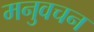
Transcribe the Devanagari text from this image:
मनुवचन